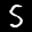
Label: 5